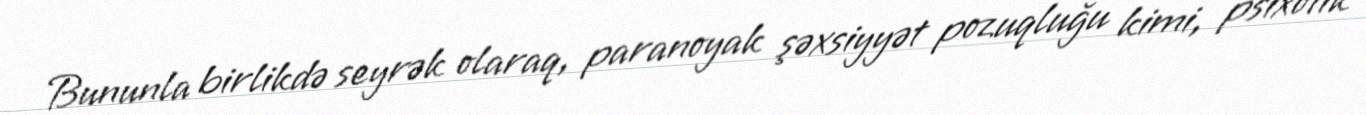
Bununla birlikdə seyrək olaraq, paranoyak şəxsiyyət pozuqluğu kimi, psixotik